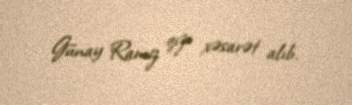
Günay Ramiz qızı xəsarət alıb.